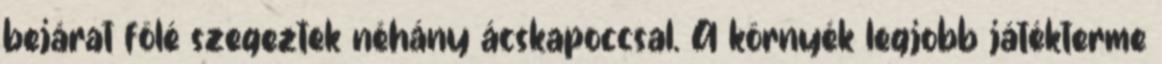
bejárat fölé szegeztek néhány ácskapoccsal. A környék legjobb játékterme